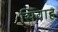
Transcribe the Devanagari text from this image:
सिवाह